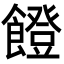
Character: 𩞬